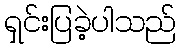
ရှင်းပြခဲ့ပါသည်